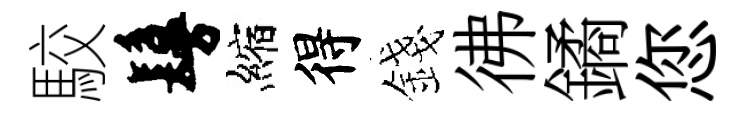
駮鬘縮得錢彿鐍您